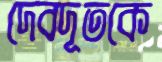
দেবদূতকে